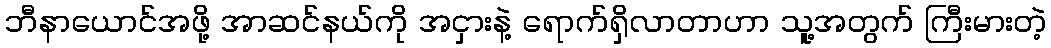
ဘီနာယောင်အဖို့ အာဆင်နယ်ကို အငှားနဲ့ ရောက်ရှိလာတာဟာ သူ့အတွက် ကြီးမားတဲ့